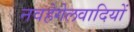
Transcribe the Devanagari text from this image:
नवहेगेलवादियों